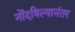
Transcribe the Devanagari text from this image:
नोंदविल्यानंतर